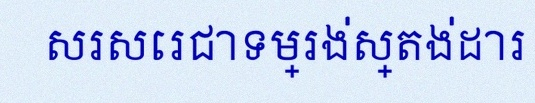
សរសេរជាទម្រង់ស្តង់ដារ